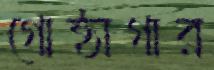
গোষ্ঠাগার